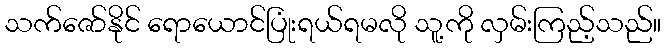
သက်ဇော်နိုင် ရောယောင်ပြုံးရယ်ရမလို သူ့ကို လှမ်းကြည့်သည်။